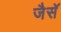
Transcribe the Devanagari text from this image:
जैसॅ